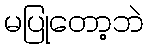
မပြုတော့ဘဲ